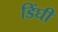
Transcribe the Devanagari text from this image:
डिंघी